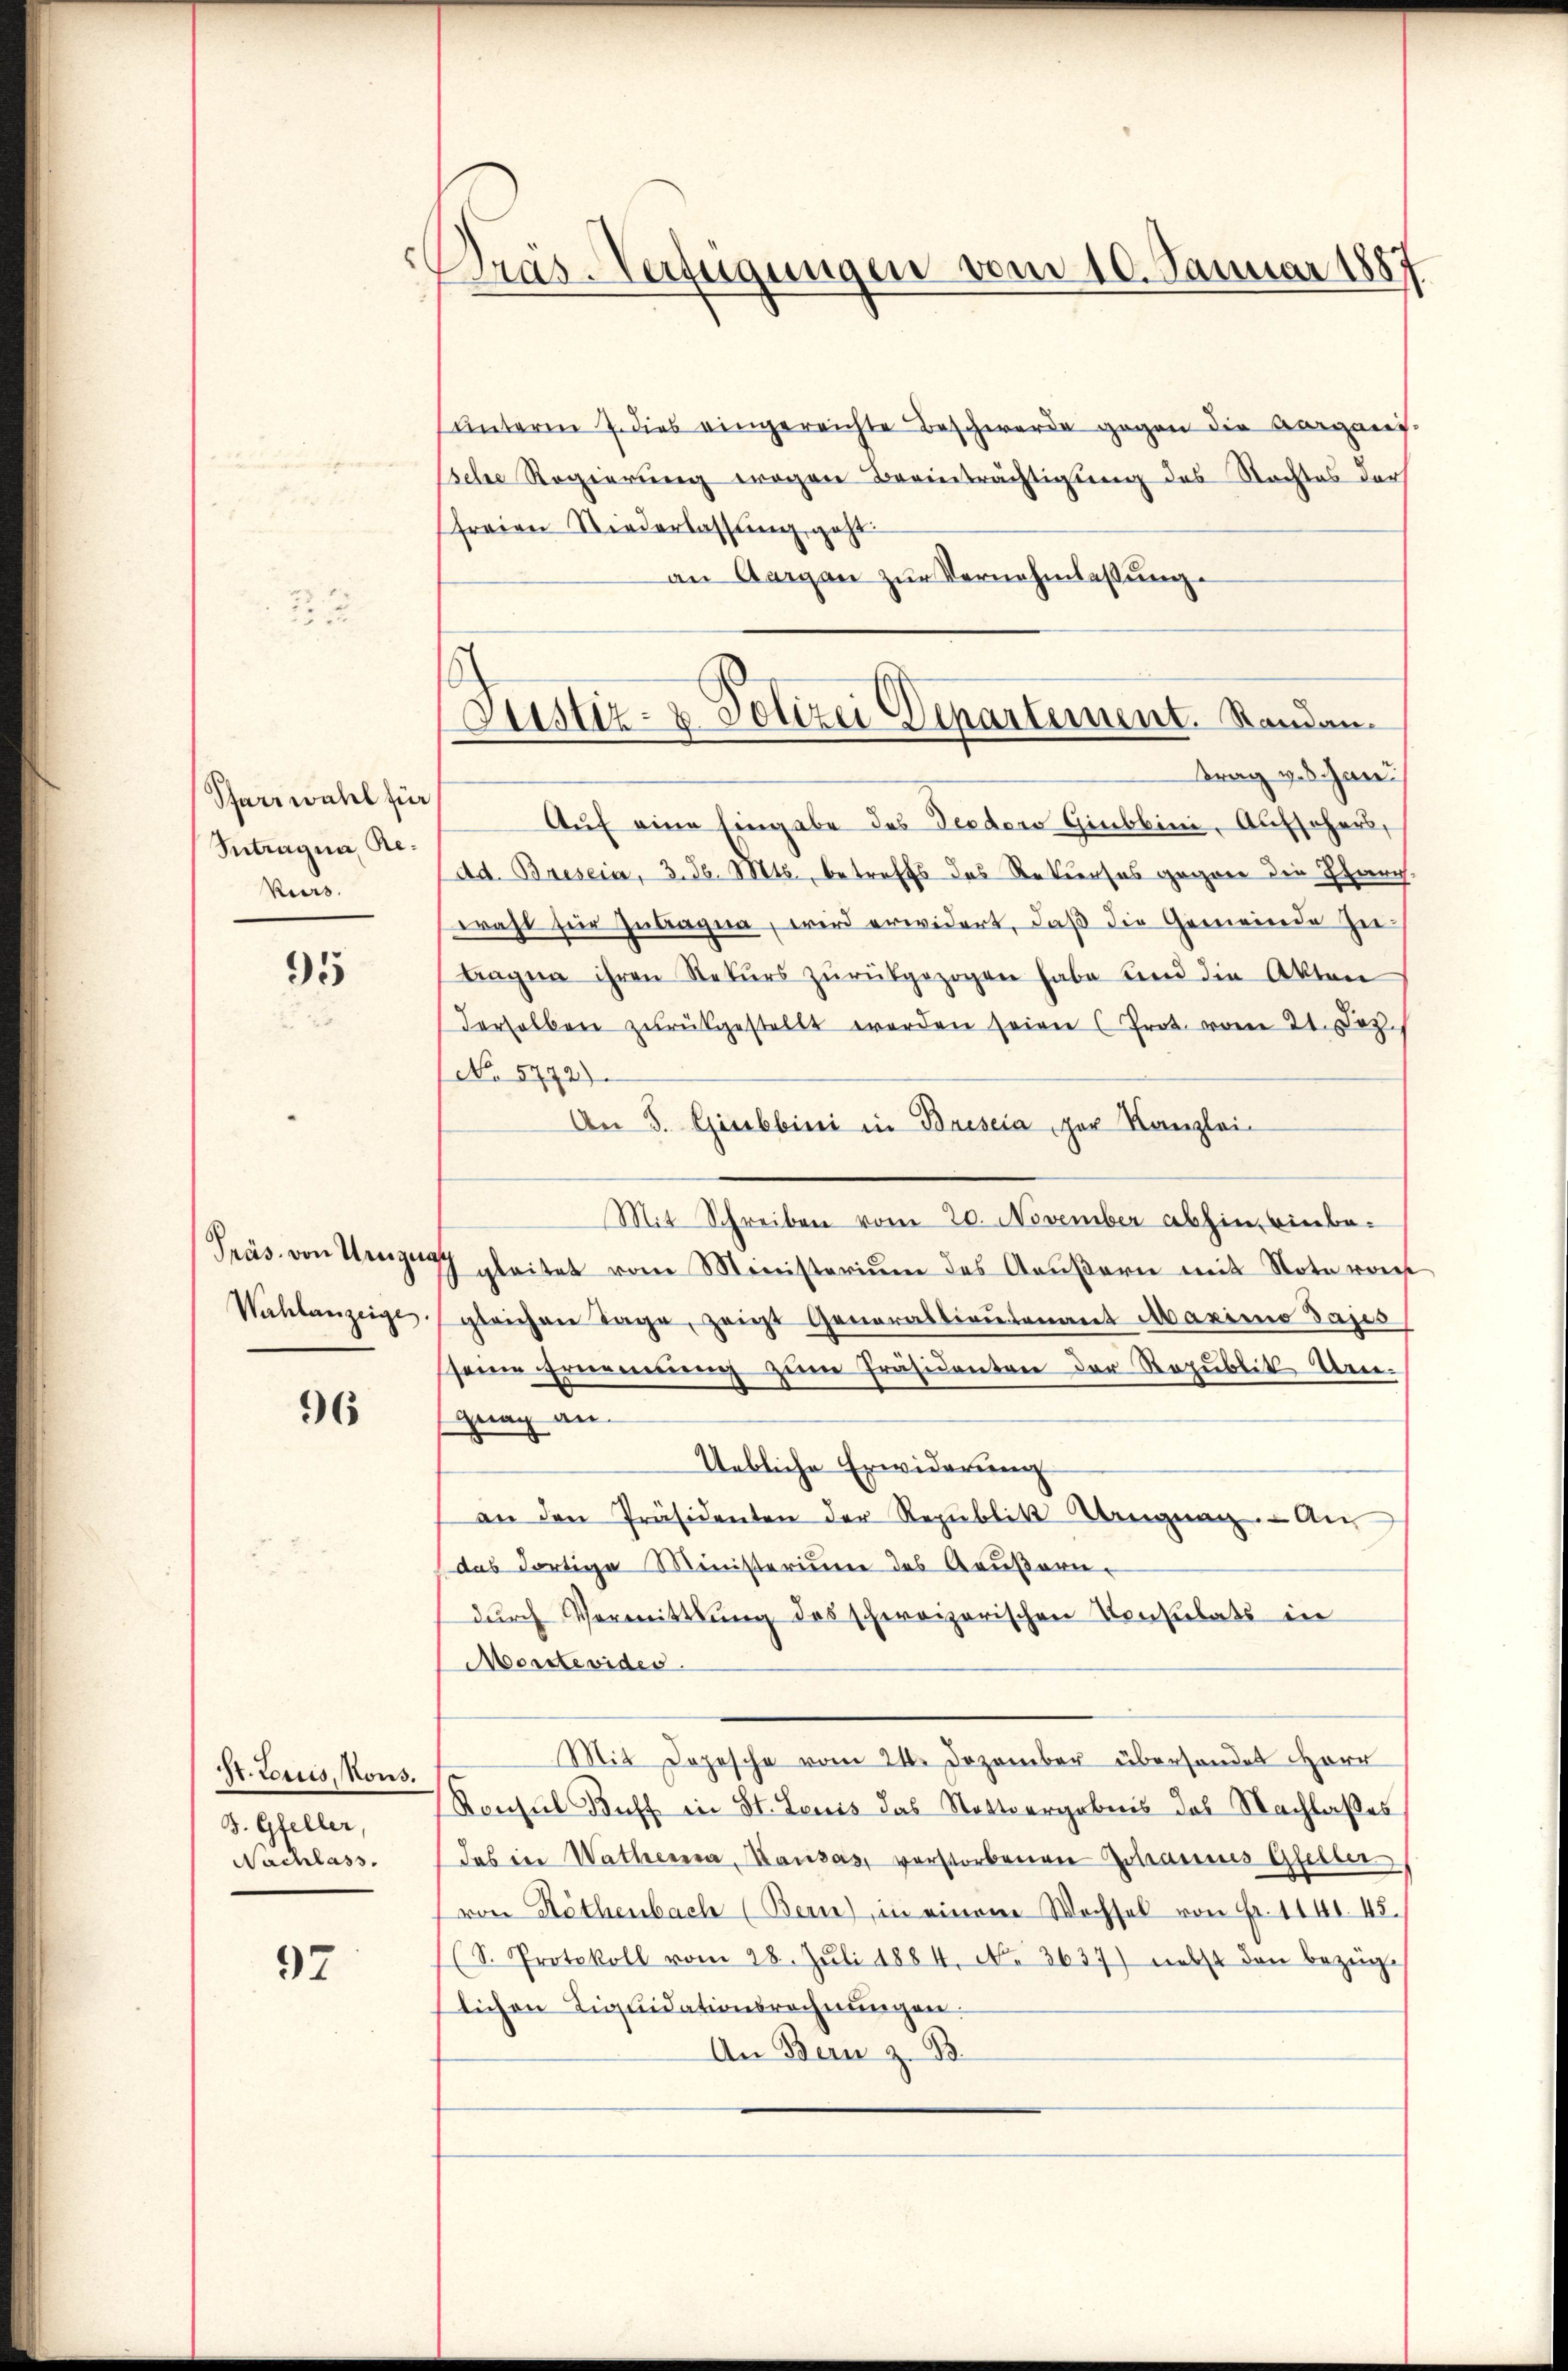
Pfarrwahl für
Intragna Re¬
Kurs.

95

Präs. von Urzug
Wahlanzeige.

97

96

St. Loruis, Nous.
B. Gfeller,
Nachlass.

Bräs-Verfügungen vom 10. Januar 1881

Justiz- & Polizei Departement. Randan¬

unterm 7. dies eingereichte Beschwerde gegen die Aarganis-
ssehe Regierung wegen Beeinträchtigung des Rechtes der
freien Niederlassung geht.
an Aargau zur Vernehmlassung.
trag veran¬
Auf eine Eingabe des Teodoro Giubbini, Aufsehers,
Ad. Bresein, 3. d. Mts., betreffs das Rekurses gegen die Pfarrwahl für Zubagna, wird erwidert, daß die Gemeinde Zu-
tagna ihren Rekŭrs zŭrückgezogen habe und die Akten
derselben zurückgestellt worden seien (Prot. vom 21. Jez.
No 5772).
An S. Giebbini in Bresia par Kanzlei-
Mit Schreiben vom 20. November abhin einbe¬
7 gleitet vom Ministerium des Aŭβern mit Note von
gleichen Tage, zeigt Generabtientenant Maximo Jajes
senen Ernennerung zum Präsidenten der Republik Urne-
gnag an
Uebliche Erwiderung
an den Präsidenten der Republik Wangnag. - An
(das dortige Ministerium des Aeußern-
durch Vermittlung des schweizerischen Konsulats in
Morste vides.
Mit Depesche vom 24. Dezember überhandet Herr
Ronsul Buff in St. Leuis das Nottergebens das Nachlaßes
Jas ein Wathema, Mausas, vorstorbenen Johannes Gfeller
von Röthenbach (Bern) in einem Wechsel von Fr. 1141. 45
(S. Protokoll vom 28. Jŭli 1884. No. 3637) nebst den bezüg
lichen Liquidationsrechnungen:
An Bern z. B.